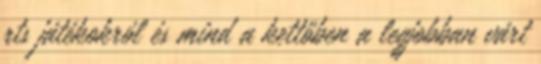
rts játékokról és mind a kettőben a legjobban várt